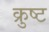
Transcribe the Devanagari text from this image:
क्रुष्ट